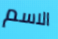
الاسم